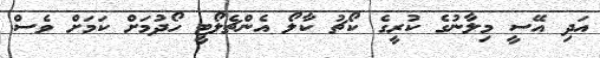
އަދި އޭސީ މިލާނުގެ ކުރީގެ ކޯޗު ކާލޯ އެންޗެލޯޓީ ހޯދުމަށް ކަމަށް ވެސް